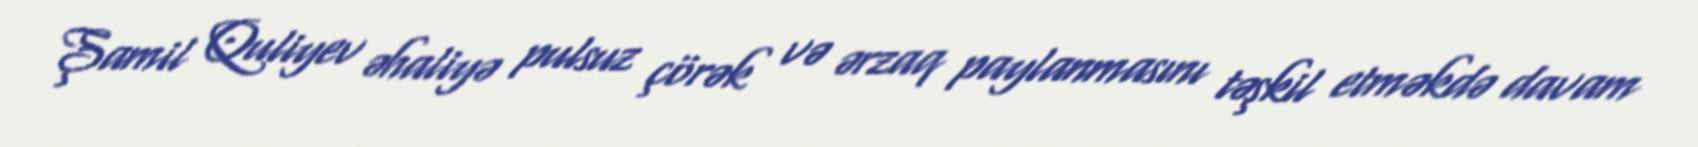
Şamil Quliyev əhaliyə pulsuz çörək və ərzaq paylanmasını təşkil etməkdə davam